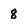
Character: 8